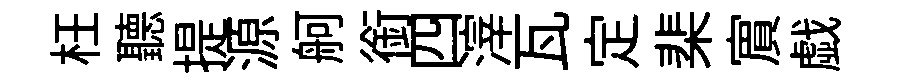
枉聽提源舸銜四滓瓦定棐賔戯